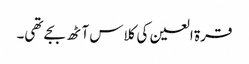
قرۃ العین کی کلاس آٹھ بجے تھی۔